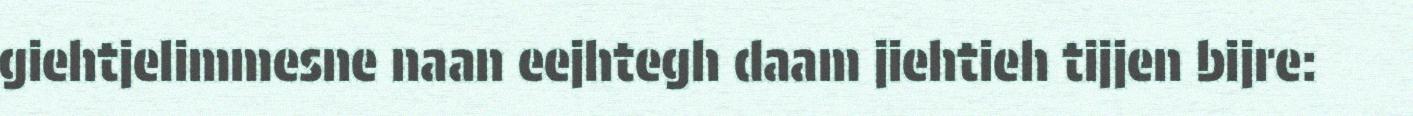
giehtjelimmesne naan eejhtegh daam jiehtieh tijjen bijre: